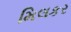
મિલકર